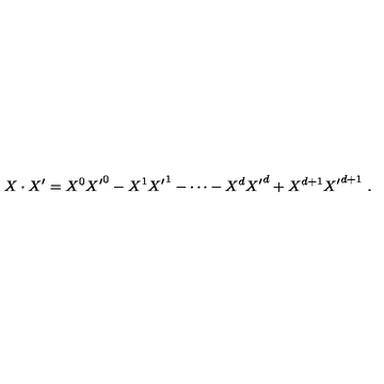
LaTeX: X \cdot X ^ { \prime } = { X ^ { 0 } } { X ^ { \prime } } ^ { 0 } - { X ^ { 1 } } { X ^ { \prime } } ^ { 1 } - \cdots - { X ^ { d } } { X ^ { \prime } } ^ { d } + X ^ { d + 1 } { X ^ { \prime } } ^ { d + 1 } \ .